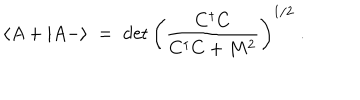
\langle A + | A - \rangle \; = \; \det \left( \frac { C ^ { \dagger } C } { C ^ { \dagger } C + M ^ { 2 } } \right) ^ { 1 / 2 } \; .